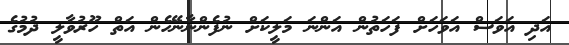
އަދި އަވަސް އަވަހަށް ފަހަތުން އަންނަ މަލީކަށް ނުފެންނާނޭހެން އަތް ހޫރުވާލީ ދުމުގެ